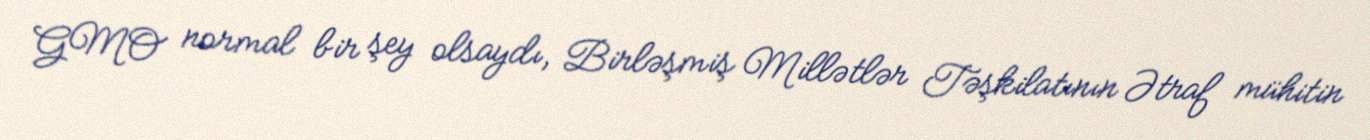
GMO normal bir şey olsaydı, Birləşmiş Millətlər Təşkilatının Ətraf mühitin